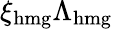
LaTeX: \xi_{\mathrm{hmg}}\Lambda_{\mathrm{hmg}}